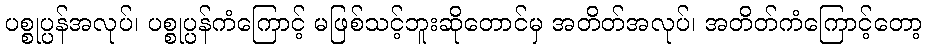
ပစ္စုပ္ပန်အလုပ်၊ ပစ္စုပ္ပန်ကံကြောင့် မဖြစ်သင့်ဘူးဆိုတောင်မှ အတိတ်အလုပ်၊ အတိတ်ကံကြောင့်တော့